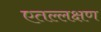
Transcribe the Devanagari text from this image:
एतल्लक्षण